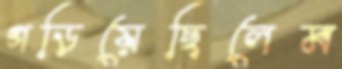
গড়িয়েছিলেম